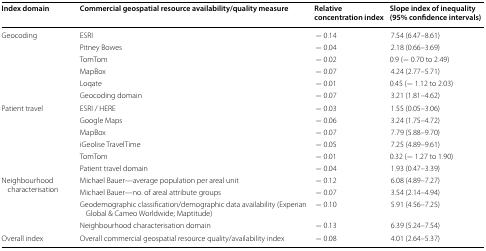
<table><thead><tr><td><b>Index domain</b></td><td><b>Commercial geospatial resource availability/quality measure</b></td><td><b>Relative concentration index</b></td><td><b>Slope index of inequality (95% confidence intervals)</b></td></tr></thead><tbody><tr><td rowspan="6">Geocoding</td><td>ESRI</td><td>− 0.14</td><td>7.54 (6.47–8.61)</td></tr><tr><td>Pitney Bowes</td><td>− 0.04</td><td>2.18 (0.66–3.69)</td></tr><tr><td>TomTom</td><td>− 0.02</td><td>0.9 (− 0.70 to 2.49)</td></tr><tr><td>MapBox</td><td>− 0.07</td><td>4.24 (2.77–5.71)</td></tr><tr><td>Loqate</td><td>− 0.01</td><td>0.45 (− 1.12 to 2.03)</td></tr><tr><td>Geocoding domain</td><td>− 0.07</td><td>3.21 (1.81–4.62)</td></tr><tr><td rowspan="6">Patient travel</td><td>ESRI / HERE</td><td>− 0.03</td><td>1.55 (0.05–3.06)</td></tr><tr><td>Google Maps</td><td>− 0.06</td><td>3.24 (1.75–4.72)</td></tr><tr><td>MapBox</td><td>− 0.07</td><td>7.79 (5.88–9.70)</td></tr><tr><td>iGeolise TravelTime</td><td>− 0.05</td><td>7.25 (4.89–9.61)</td></tr><tr><td>TomTom</td><td>− 0.01</td><td>0.32 (− 1.27 to 1.90)</td></tr><tr><td>Patient travel domain</td><td>− 0.04</td><td>1.93 (0.47–3.39)</td></tr><tr><td rowspan="4">Neighbourhood characterisation</td><td>Michael Bauer—average population per areal unit</td><td>− 0.12</td><td>6.08 (4.89–7.27)</td></tr><tr><td>Michael Bauer—no. of areal attribute groups</td><td>− 0.07</td><td>3.54 (2.14–4.94)</td></tr><tr><td>Geodemographic classification/demographic data availability (Experian Global &amp; Cameo Worldwide; Maptitude)</td><td>− 0.10</td><td>5.91 (4.56–7.25)</td></tr><tr><td>Neighbourhood characterisation domain</td><td>− 0.13</td><td>6.39 (5.24–7.54)</td></tr><tr><td>Overall index</td><td>Overall commercial geospatial resource quality/availability index</td><td>− 0.08</td><td>4.01 (2.64–5.37)</td></tr></tbody></table>